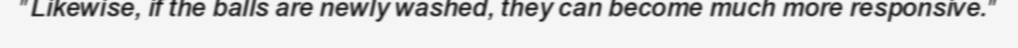
"Likewise, if the balls are newly washed, they can become much more responsive."